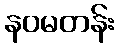
နဝမတန်း